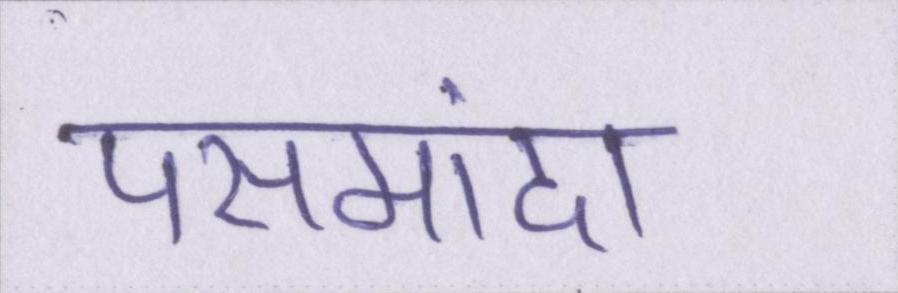
पसमांदा